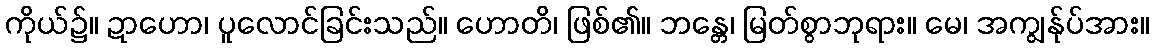
ကိုယ်၌။ ဍာဟော၊ ပူလောင်ခြင်းသည်။ ဟောတိ၊ ဖြစ်၏။ ဘန္တေ၊ မြတ်စွာဘုရား။ မေ၊ အကျွန်ုပ်အား။